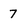
Character: 7